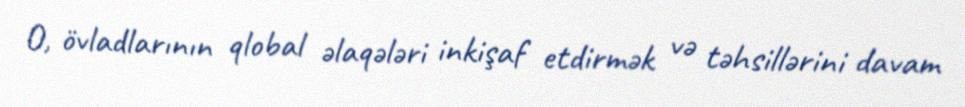
O, övladlarının qlobal əlaqələri inkişaf etdirmək və təhsillərini davam